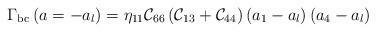
LaTeX: \begin{align*}\Gamma_{\rm{bc}}\left(a=-a_l\right)=\eta_{11}{\cal C}_{66}\left({\cal C}_{13}+{\cal C}_{44}\right)\left(a_1-a_l\right)\left(a_4-a_l\right)\end{align*}